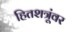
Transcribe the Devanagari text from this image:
हितशत्रूंवर